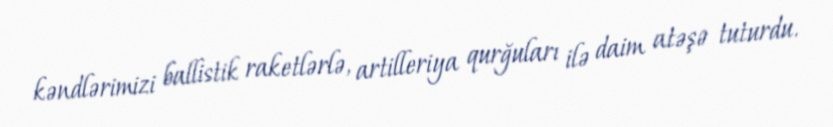
kəndlərimizi ballistik raketlərlə, artilleriya qurğuları ilə daim atəşə tuturdu.